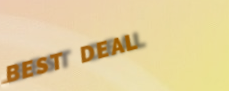
BEST DEAL